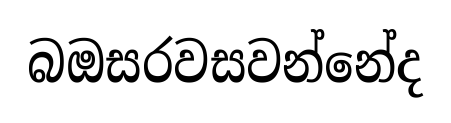
බඔසරවසවන්නේද